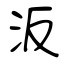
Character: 汳